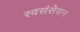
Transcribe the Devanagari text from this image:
स्वसंसेचन